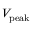
V _ { \mathrm { p e a k } }